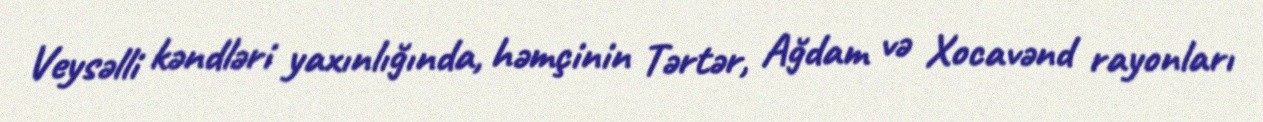
Veysəlli kəndləri yaxınlığında, həmçinin Tərtər, Ağdam və Xocavənd rayonları